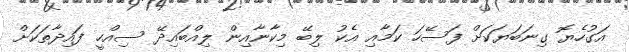
އަގުހެޔޮ ގިނަބަޔަކަށް ފަސޭހަ ކަމާއި އެކު ލިބޭ މިކާނާއިން ލިއްބައިދޭ ސިއްހީ ފައިދާތަކަށް